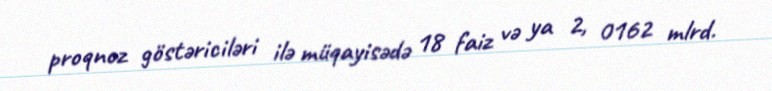
proqnoz göstəriciləri ilə müqayisədə 18 faiz və ya 2, 0162 mlrd.